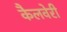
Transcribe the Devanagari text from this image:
कैलवेरी